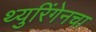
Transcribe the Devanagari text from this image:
थ्युरिंगेनचा